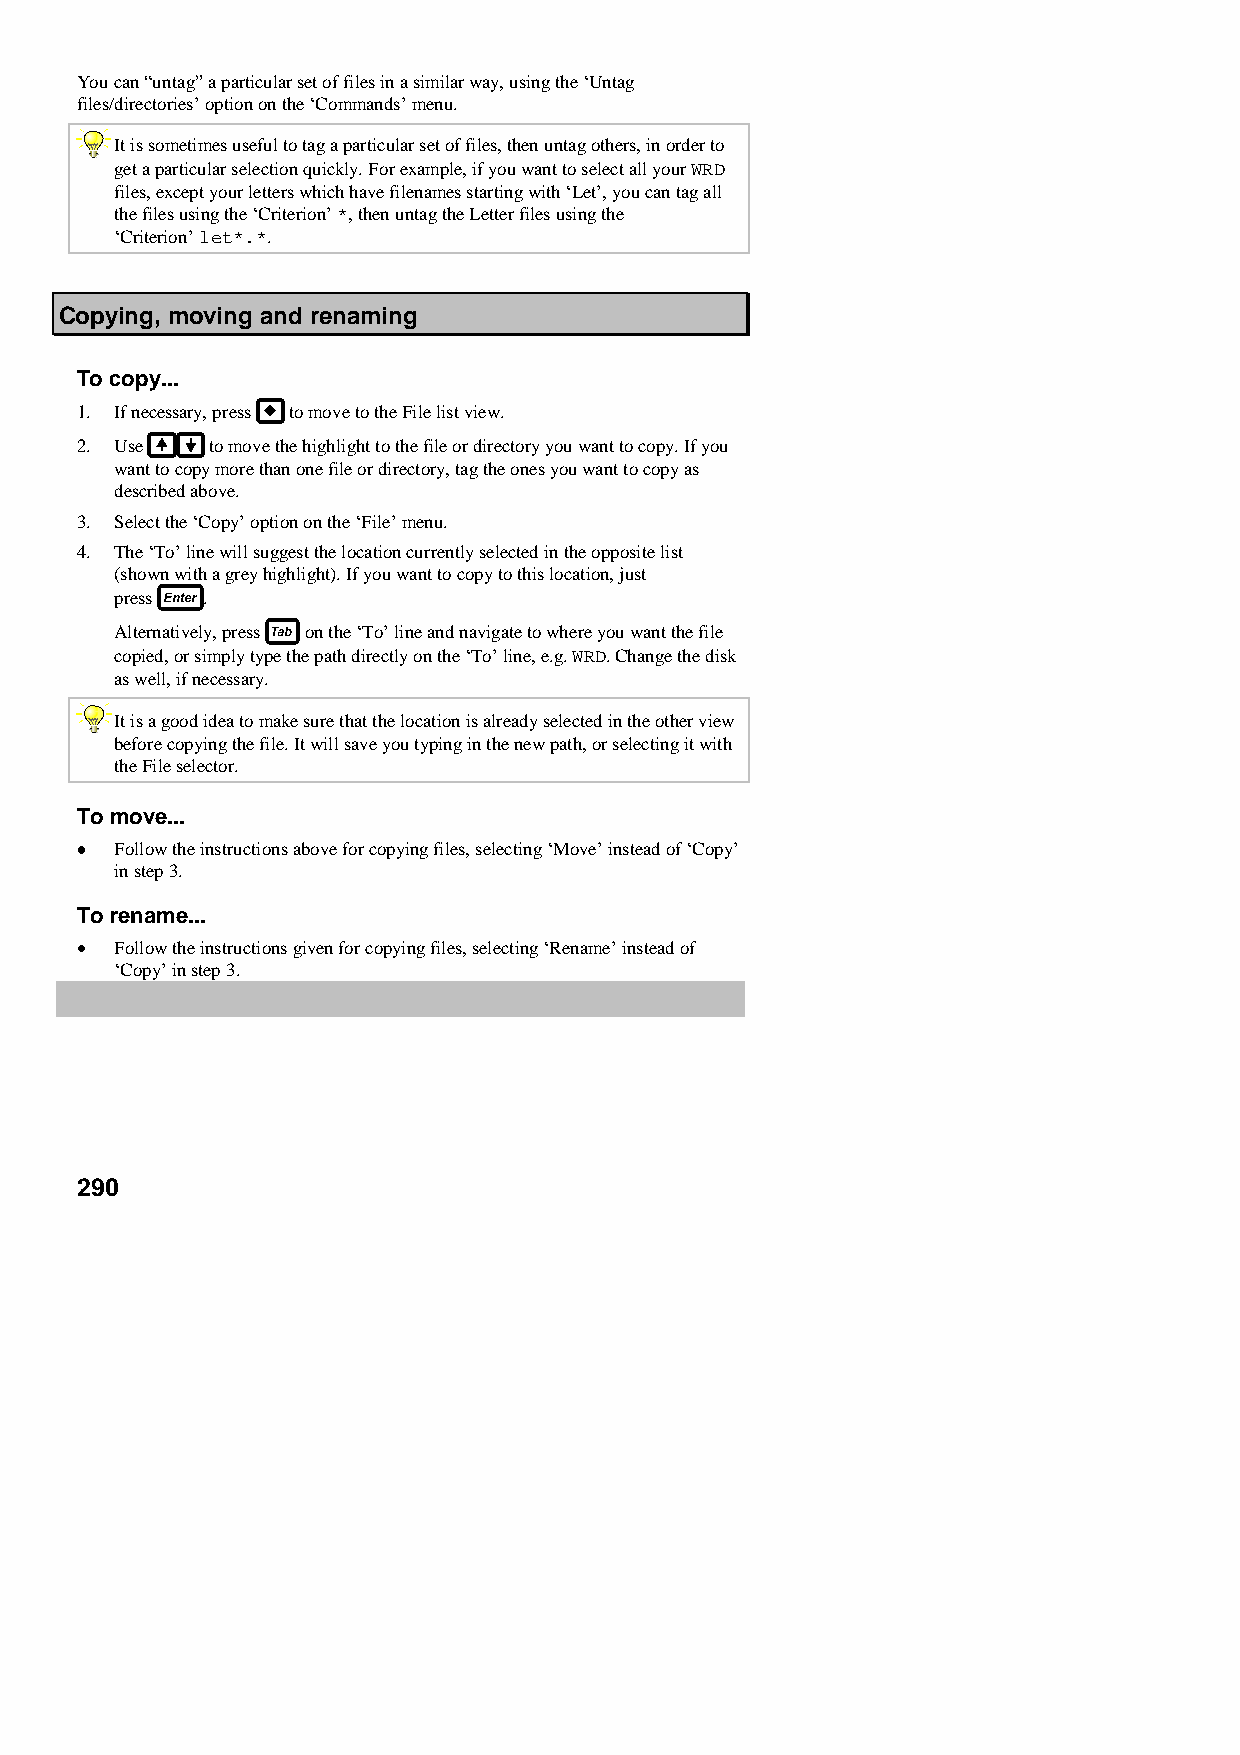
You can “untag” a particular set of files in a similar way, using the ‘Untag
 files/directories’ option on the ‘Commands’ menu.
 It is sometimes useful to tag a particular set of files, then untag others, in order to
 get a particular selection quickly. For example, if you want to select all your WRD
 files, except your letters which have filenames starting with ‘Let’, you can tag all
 the files using the ‘Criterion’ *, then untag the Letter files using the
 ‘Criterion’ let*.*.
 Copying, moving and renaming
 To copy...
 1. If necessary, press to move to the File list view.
 2. Use   to move the highlight to the file or directory you want to copy. If you
 want to copy more than one file or directory, tag the ones you want to copy as
 described above.
 3. Select the ‘Copy’ option on the ‘File’ menu.
 4. The ‘To’ line will suggest the location currently selected in the opposite list
 (shown with a grey highlight). If you want to copy to this location, just
 press .
 Alternatively, press on the ‘To’ line and navigate to where you want the file
 copied, or simply type the path directly on the ‘To’ line, e.g. WRD. Change the disk
 as well, if necessary.
 It is a good idea to make sure that the location is already selected in the other view
 before copying the file. It will save you typing in the new path, or selecting it with
 the File selector.
 To move...
 •••• Follow the instructions above for copying files, selecting ‘Move’ instead of ‘Copy’
 in step 3.
 To rename...
 •  Follow the instructions given for copying files, selecting ‘Rename’ instead of
 ‘Copy’ in step 3.
 290